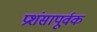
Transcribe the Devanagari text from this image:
प्रशंसापूर्वक